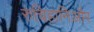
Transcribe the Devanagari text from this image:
रुचिहानिऔर